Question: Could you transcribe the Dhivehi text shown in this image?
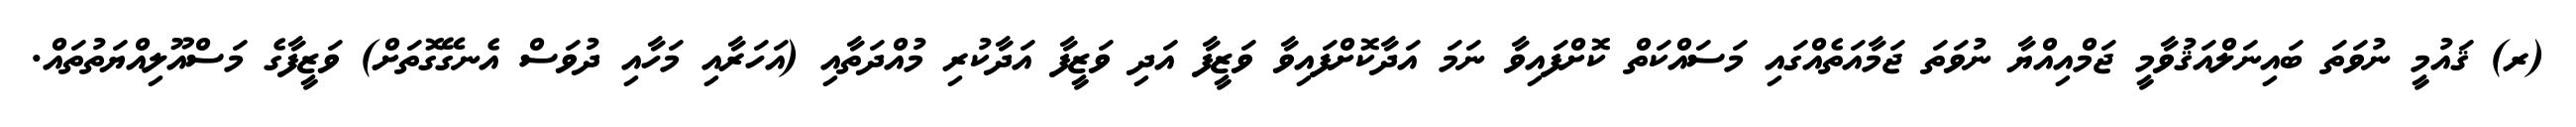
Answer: (ރ) ޤައުމީ ނުވަތަ ބައިނަލްއަޤުވާމީ ޖަމްއިއްޔާ ނުވަތަ ޖަމާއަތެއްގައި މަސައްކަތް ކޮށްފައިވާ ނަމަ އަދާކޮށްފައިވާ ވަޒީފާ އަދި ވަޒީފާ އަދާކުރި މުއްދަތާއި (އަހަރާއި މަހާއި ދުވަސް އެނގޭގޮތަށް) ވަޒީފާގެ މަސްއޫލިއްޔަތުތައް.